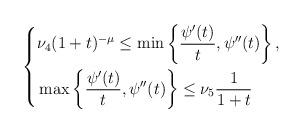
LaTeX: \begin{align*} \left\{\begin{aligned} &\nu_4(1+t)^{-\mu}\leq \min\left\{\frac{\psi'(t)}{t},\psi''(t)\right\},\\ &\max\left\{\frac{\psi'(t)}{t},\psi''(t)\right\}\leq \nu_5\frac{1}{1+t} \end{aligned}\right. \end{align*}